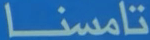
تامسنا